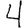
Digit: 4